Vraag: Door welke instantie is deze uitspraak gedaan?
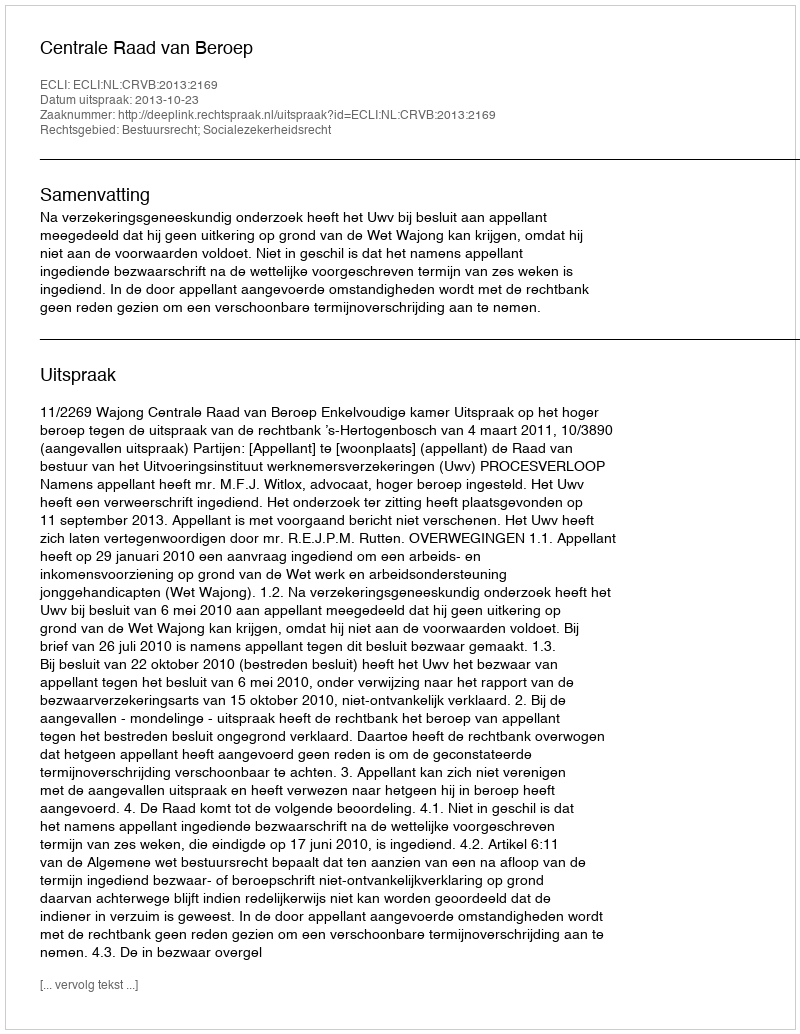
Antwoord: Centrale Raad van Beroep